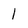
Character: 1